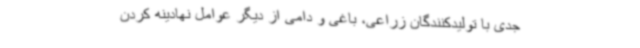
جدی با تولیدکنندگان زراعی، باغی و دامی از دیگر عوامل نهادینه کردن